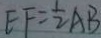
E F = \frac { 1 } { 2 } A B